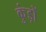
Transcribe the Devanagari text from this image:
कुंड़ों